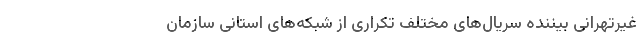
غیرتهرانی بیننده سریال‌های مختلف تکراری از شبکه‌های استانی سازمان